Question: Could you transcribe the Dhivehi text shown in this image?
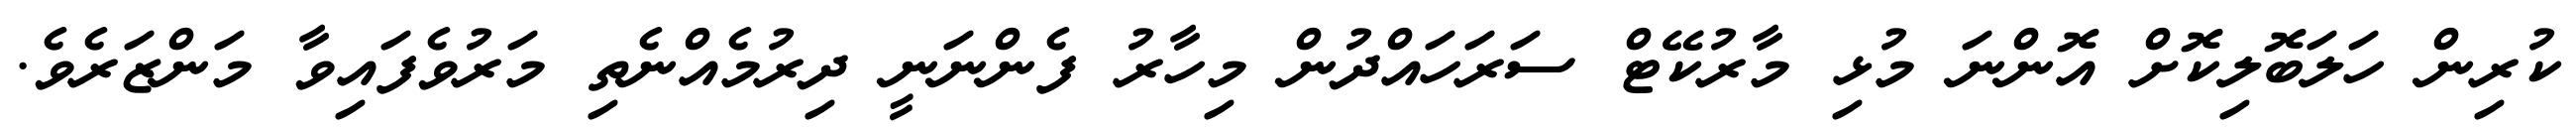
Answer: ކުރިން ހަލަބޮލިކޮށް އޮންނަ މުޅި މާރުކޭޓް ސަރަހައްދުން މިހާރު ފެންނަނީ ދިރުމެއްނެތި މަރުވެފައިވާ މަންޒަރެވެ.